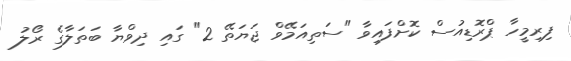
ފިރިމީހާ ޕްރޮޑިއުސް ކޮށްފައިވާ "ސަތިއަމޭވް ޖަޔަތޭ 2" ގައި ދިވްޔާ ބަތަލާގެ ރޯލު